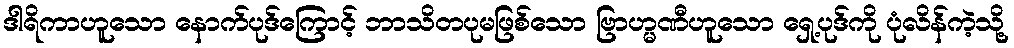
ဒါရိကာဟူသော နောက်ပုဒ်ကြောင့် ဘာသိတပုမဖြစ်သော ဗြာဟ္မဏီဟူသော ရှေ့ပုဒ်ကို ပုံလိန်ကဲ့သို့